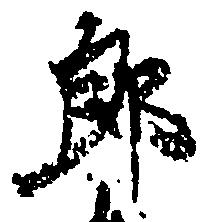
郎